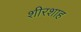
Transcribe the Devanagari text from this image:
शीरशाह